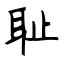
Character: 耻